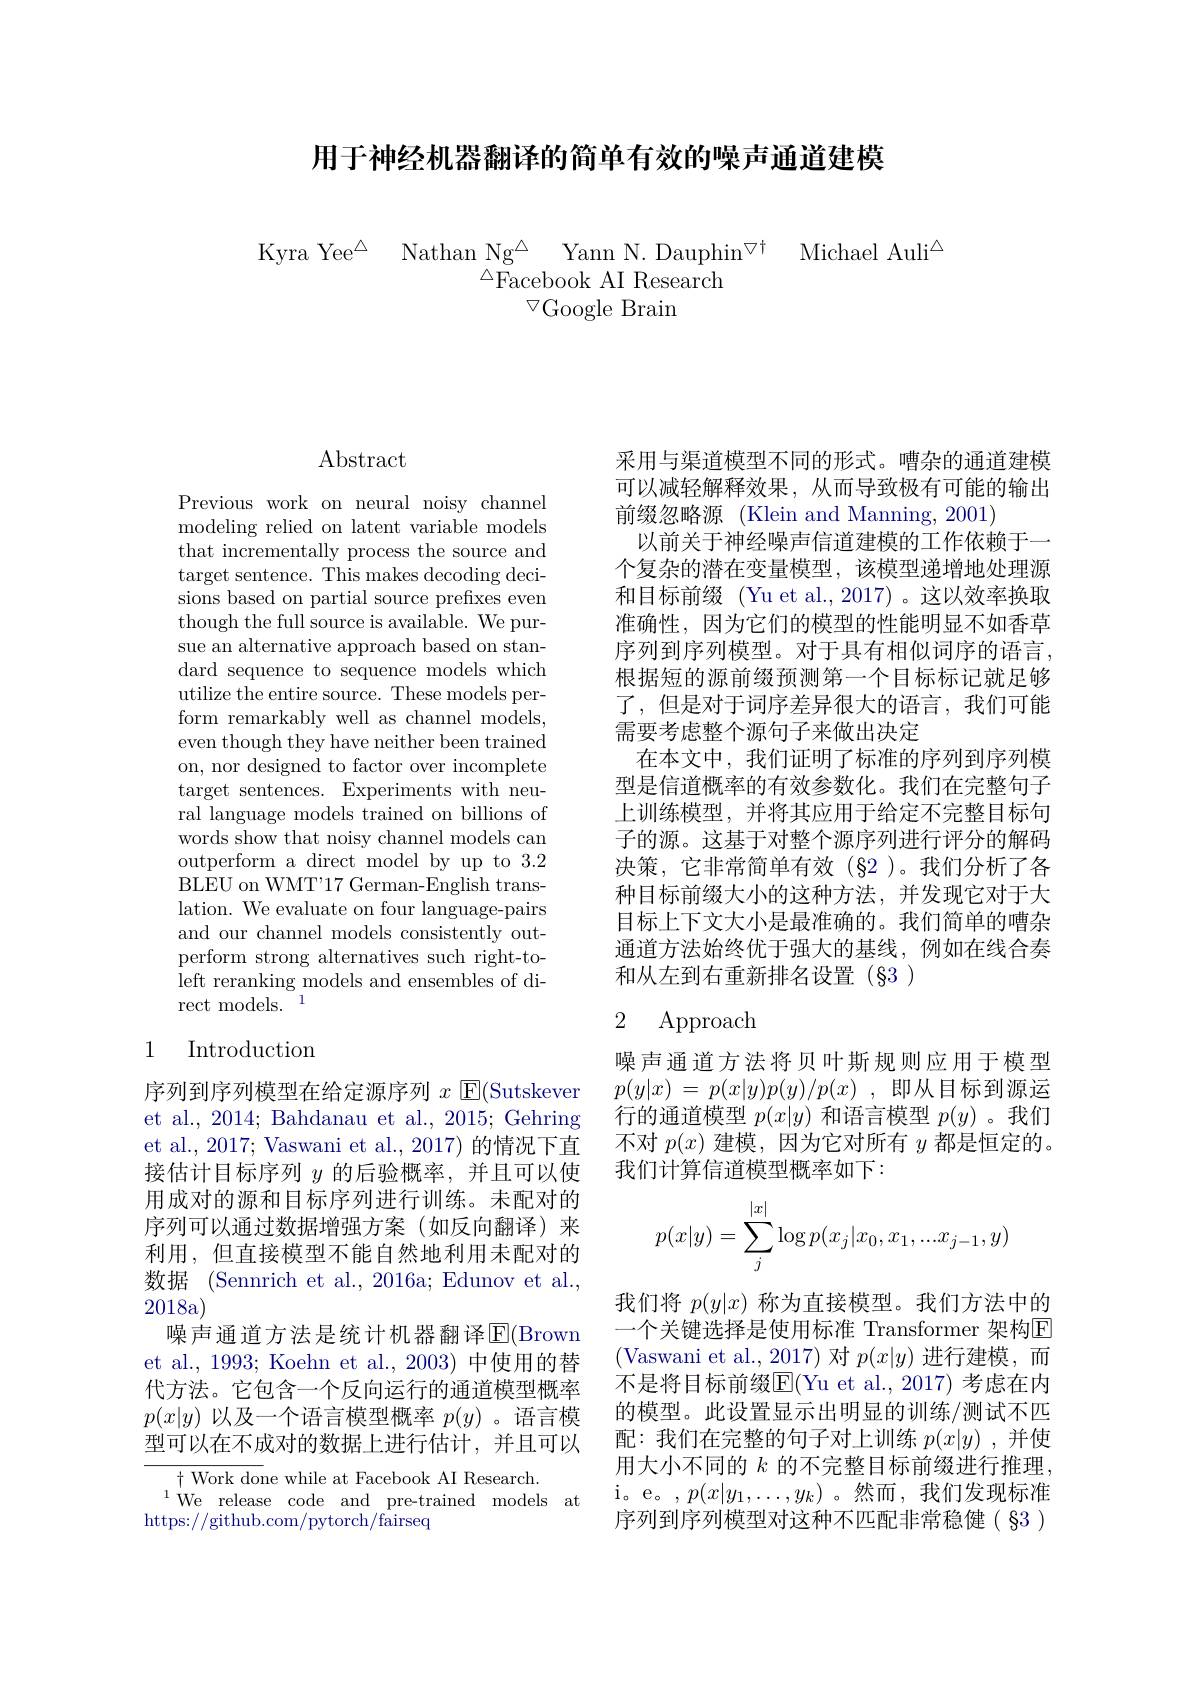
用于神经机器翻译的简单有效的噪声通道建模

Kyra Yee$^{\Delta }$ Nathan Ng$^{\Delta }$ Yann N.Dauphin$^{\forall \dagger }$ Michael Auli$^{\Delta}$
$\stackrel{\triangle}{\mathrm{Facebook~AI~Research}}$
$\triangledown$Google Brain

## $\operatorname{Abstract}$

Previous work on neural noisy channel modeling relied on latent variable models that incrementally process the source and target sentence. This makes decoding decisions based on partial source prefixes even though the full source is available. We pursue an alternative approach based on standard sequence to sequence models which utilize the entire source. These models perform remarkably well as channel models, even though they have neither been trained on, nor designed to factor over incomplete target sentences. Experiments with neural language models trained on billions of words show that noisy channel models can outperform a direct model by up to 3.2 BLEU on WMT'17 German-English translation. We evaluate on four language-pairs and our channel models consistently outperform strong alternatives such right-toleft reranking models and ensembles of direct models.$^1$

## 1 Introduction

序列到序列模型在给定源序列$x$ E(Sutskever et al., 2014; Bahdanau et al., 2015; Gehring et al., 2017; Vaswani et al., 2017) 的情况下直接估计目标序列$y$的后验概率，并且可以使用成对的源和目标序列进行训练。未配对的序列可以通过数据增强方案(如反向翻译)来利用，但直接模型不能自然地利用未配对的数据 (Sennrich et al., 2016a; Edunov et al., 2018a)
噪声通道方法是统计机器翻译$\operatorname{E}($Brown et al., 1993; Koehn et al., 2003) 中使用的替代方法。它包含一个反向运行的通道模型概率$p(x|y)$以及一个语言模型概率$p(y)$ 。语言模型可以在不成对的数据上进行估计，并且可以

${+\text{ Work done while at Facebook AI Research}.}$
$^{1}$We release code and pre-trained models at
https://github.com/pytorch/fairseq

采用与渠道模型不同的形式。嘈杂的通道建模可以减轻解释效果，从而导致极有可能的输出前缀忽略源 (Klein and Manning, 2001)
以前关于神经噪声信道建模的工作依赖于一个复杂的潜在变量模型，该模型递增地处理源和目标前缀 (Yu et al., 2017) 。这以效率换取准确性，因为它们的模型的性能明显不如香草序列到序列模型。对于具有相似词序的语言， 根据短的源前缀预测第一个目标标记就足够了，但是对于词序差异很大的语言，我们可能需要考虑整个源句子来做出决定
在本文中，我们证明了标准的序列到序列模型是信道概率的有效参数化。我们在完整句子上训练模型，并将其应用于给定不完整目标句子的源。这基于对整个源序列进行评分的解码决策，它非常简单有效(§2)。我们分析了各种目标前缀大小的这种方法，并发现它对于大目标上下文大小是最准确的。我们简单的嘈杂通道方法始终优于强大的基线，例如在线合奏和从左到右重新排名设置(§3)

## 2 Approach

噪声通道方法将贝叶斯规则应用于模型$p( y| x)$ = $p( x| y) p( y) / p( x)$ ,即从目标到源运行的通道模型$p(x|y)$和语言模型$p(y)$ 。我们不对$p(x)$建模，因为它对所有$y$都是恒定的。我们计算信道模型概率如下：
$$p(x|y)=\sum_j^{|x|}\log p(x_j|x_0,x_1,...x_{j-1},y)$$
我们将$p(y|x)$称为直接模型。我们方法中的一个关键选择是使用标准 Transformer 架构$\overline{\mathrm{E}}$ (Vaswani et al.,2017)对$p(x|y)$进行建模，而不是将目标前缀E(Yu et al.,2017) 考虑在内的模型。此设置显示出明显的训练/测试不匹配：我们在完整的句子对上训练$p(x|y)$ ,并使用大小不同的 $k$ 的不完整目标前缀进行推理， i。e。,$p(x|y_1,\ldots,y_k)$。然而，我们发现标准序列到序列模型对这种不匹配非常稳健(§3)